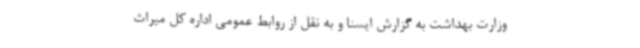
وزارت بهداشت به گزارش ایسنا و به نقل از روابط عمومی اداره کل میراث